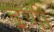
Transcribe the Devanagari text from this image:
इणी